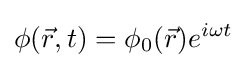
\phi ({\vec {r}},t)=\phi _{0}({\vec {r}})e^{i\omega t}